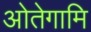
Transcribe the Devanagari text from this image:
ओतेगामि